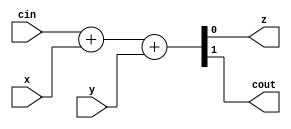
module fulladder(
    input wire x,
    input wire y,
    input wire cin,
    output wire z,
    output wire cout
);
assign {cout,z}= cin+x+y ;

endmodule